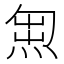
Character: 𭵇